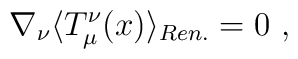
\nabla_\nu \langle T^\nu_\mu(x)\rangle_{Ren.}=0 \ ,